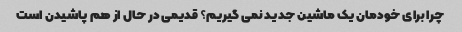
چرا برای خودمان یک ماشین جدید نمی گیریم؟ قدیمی در حال از هم پاشیدن است